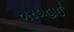
ભરડાહાઈ